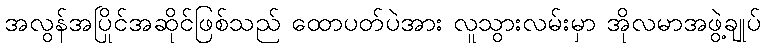
အလွန်အပြိုင်အဆိုင်ဖြစ်သည် ထောပတ်ပဲအား လူသွားလမ်းမှာ အိုလမာအဖွဲ့ချုပ်